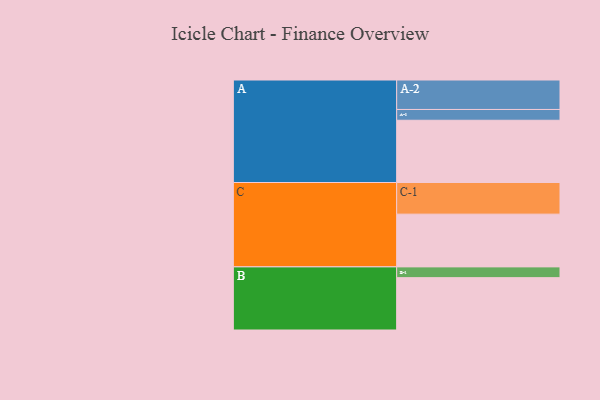
{"axis": {"x": "Segment", "y": "Value"}, "legend": ["", "A", "B", "C"], "data": [{"x": "A", "y": 433, "type": ""}, {"x": "B", "y": 364, "type": ""}, {"x": "C", "y": 367, "type": ""}, {"x": "A-1", "y": 75, "type": "A"}, {"x": "A-2", "y": 205, "type": "A"}, {"x": "B-1", "y": 75, "type": "B"}, {"x": "C-1", "y": 220, "type": "C"}]}